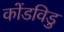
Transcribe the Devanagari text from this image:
कोंडविडु